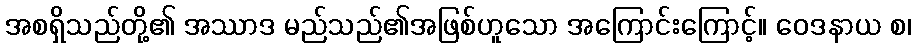
အစရှိသည်တို့၏ အဿာဒ မည်သည်၏အဖြစ်ဟူသော အကြောင်းကြောင့်။ ဝေဒနာယ စ၊